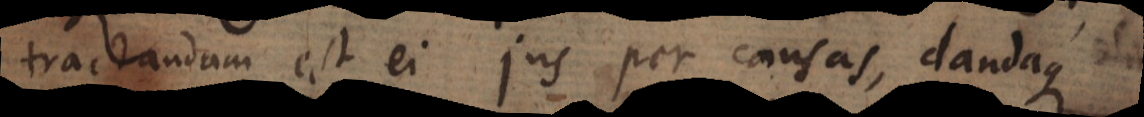
tractandum est ei jus per causas, dandaque